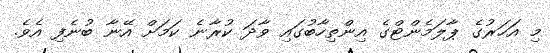
މި އަހަރުގެ ޕާލަމެންޓްގެ އިންތިހާބުގައި ވާދަ ކުރާނެ ކަމަށް އޭނާ ބުނެފި އެވެ.